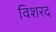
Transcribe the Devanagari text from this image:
विशरद